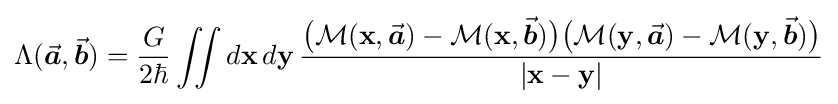
\Lambda ({\vec {\boldsymbol {a}}},{\vec {\boldsymbol {b}}})={\frac {G}{2\hbar }}\iint d\mathbf {x} \,d\mathbf {y} \,{\frac {{\big (}{\mathcal {M}}(\mathbf {x} ,{\vec {\boldsymbol {a}}})-{\mathcal {M}}(\mathbf {x} ,{\vec {\boldsymbol {b}}}){\big )}{\big (}{\mathcal {M}}(\mathbf {y} ,{\vec {\boldsymbol {a}}})-{\mathcal {M}}(\mathbf {y} ,{\vec {\boldsymbol {b}}}){\big )}}{|\mathbf {x} -\mathbf {y} |}}